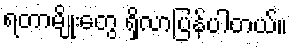
ရတာမျိုးတွေ ရှိလာပြန်ပါတယ်။